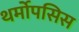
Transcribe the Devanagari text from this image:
थर्मोपसिस